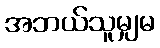
အဘယ်သူမျှမ